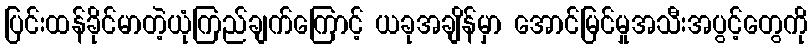
ပြင်းထန်ခိုင်မာတဲ့ယုံကြည်ချက်ကြောင့် ယခုအချိန်မှာ အောင်မြင်မှုအသီးအပွင့်တွေကို